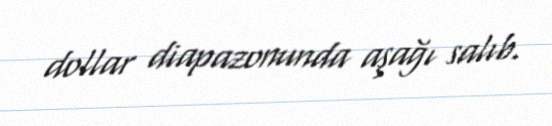
dollar diapazonunda aşağı salıb.